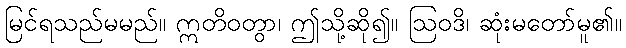
မြင်ရသည်မမည်။ ဣတိဝတွာ၊ ဤသို့ဆို၍။ ဩဝဒိ၊ ဆုံးမတော်မူ၏။